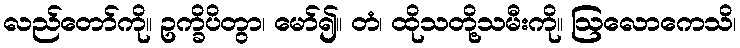
လည်တော်ကို။ ဥက္ခိပိတွာ၊ မော်၍။ တံ၊ ထိုသတို့သမီးကို။ ဩလောကေသိ၊